Indian journal of veterinary science and animal husbandry - Volumes 15-17, 1948-1951
Year: 1948
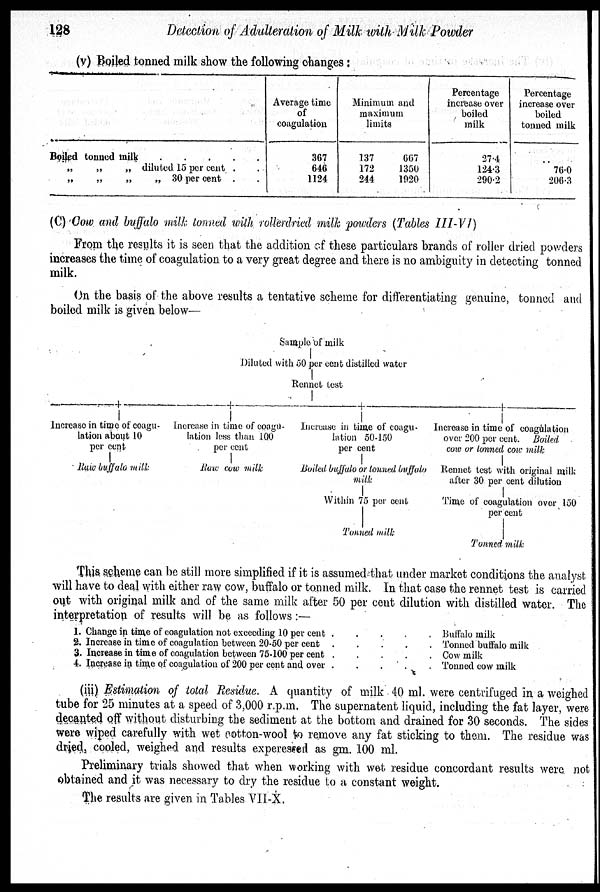
128
Detection of Adulteration of Milk with Milk Powder
(v) Boiled tonned milk show the following changes:
Boiled tonned milk
„
„
„ diluted 15 per cent .
„
„
„
„ 30 per cent .
Average time
of
coagulation
367
646
1124
Minimum and
maximum
limit
137
172
244
667
1350
1020
Percentage
increase over
boiled
milk
27.4
124.3
290.2
Percentage
increase over
boiled
tonned milk
. .
76.0
206.3
(C) Cow and buffalo milk tonned with rollerdried milk powders (Tables III-VI)
From the results it is seen that the addition of these particulars brands of roller dried powders
increases the time of coagulation to a very great degree and there is no ambiguity in detecting tonned
milk.
On the basis of the above results a tentative scheme for differentiating genuine, tonned and
boiled milk is given below—
Increase in time of coagu-
lation about 10
per cent
Raw buffalo milk
Sample of milk
Diluted with 50 per cent distilled water
Rennet test
Increase in time of coagu-
lation loss than 100
per cent
Raw cow milk
Increase in time of coagu-
lation 50-150
per cent
Boiled buffalo or tonned buffalo
milk
Within 75 per cent
Tonned milk
Increase in time of coagulation
over 200 per cent. Boiled
cow or tonned cow milk
Rennet test with original milk
after 30 per cent dilution
Time of coagulation over 150
per cent
Tonned milk
This scheme can be still more simplified if it is assumed that under market conditions the analyst
will have to deal with either raw cow, buffalo or tonned milk. In that case the rennet test is carried
out with original milk and of the same milk after 50 per cent dilution with distilled water. The
interpretation of results will be as follows :—
1.
2.
3.
4.
Change in time of coagulation not exceeding 10 per cent .
.
.
.
.
Increase in time of coagulation between 20-50 per cent .
.
.
.
.
Increase in time of coagulation between 75-100 per
cent.
.
.
.
.
Increase in time of coagulation of 200 per cent and
over.
.
.
.
.
Buffalo milk
Tonned buffalo milk
Cow milk
Tonned cow milk
(iii) Estimation of total Residue. A quantity of milk 40 ml. were centrifuged in a weighed
tube for 25 minutes at a speed of 3,000 r.p.m. The supernatent liquid, including the fat layer, were
decanted off without disturbing the sediment at the bottom and drained for 30 seconds. The sides
were wiped carefully with wet cotton-wool to remove any fat sticking to them. The residue was
dried, cooled, weighed and results experessed as gm. 100 ml.
Preliminary trials showed that when working with wet residue concordant results were not
obtained and it was necessary to dry the residue to a constant weight.
The results are given in Tables VII-X.